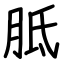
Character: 胝